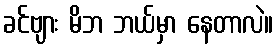
ခင်ဗျား မိဘ ဘယ်မှာ နေတာလဲ။